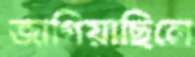
জাগিয়াছিলে